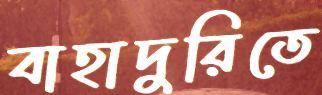
বাহাদুরিতে